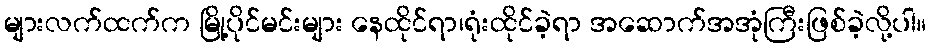
များလက်ထက်က မြို့ပိုင်မင်းများ နေထိုင်ရာ၊ရုံးထိုင်ခဲ့ရာ အဆောက်အအုံကြီးဖြစ်ခဲ့လို့ပါ။